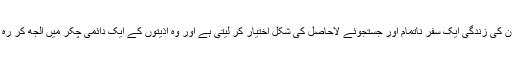
یہاں سے ان کی زندگی ایک سفر ناتمام اور جستجوئے لاحاصل کی شکل اختیار کر لیتی ہے اور وہ اذیتوں کے ایک دائمی چکر میں الجھ کر رہ جاتے ہیں۔